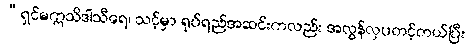
“ရှင်မဣသိဒါသီရေ၊ သင့်မှာ ရုပ်ရည်အဆင်းကလည်း အလွန်လှပတင့်တယ်ပြီး